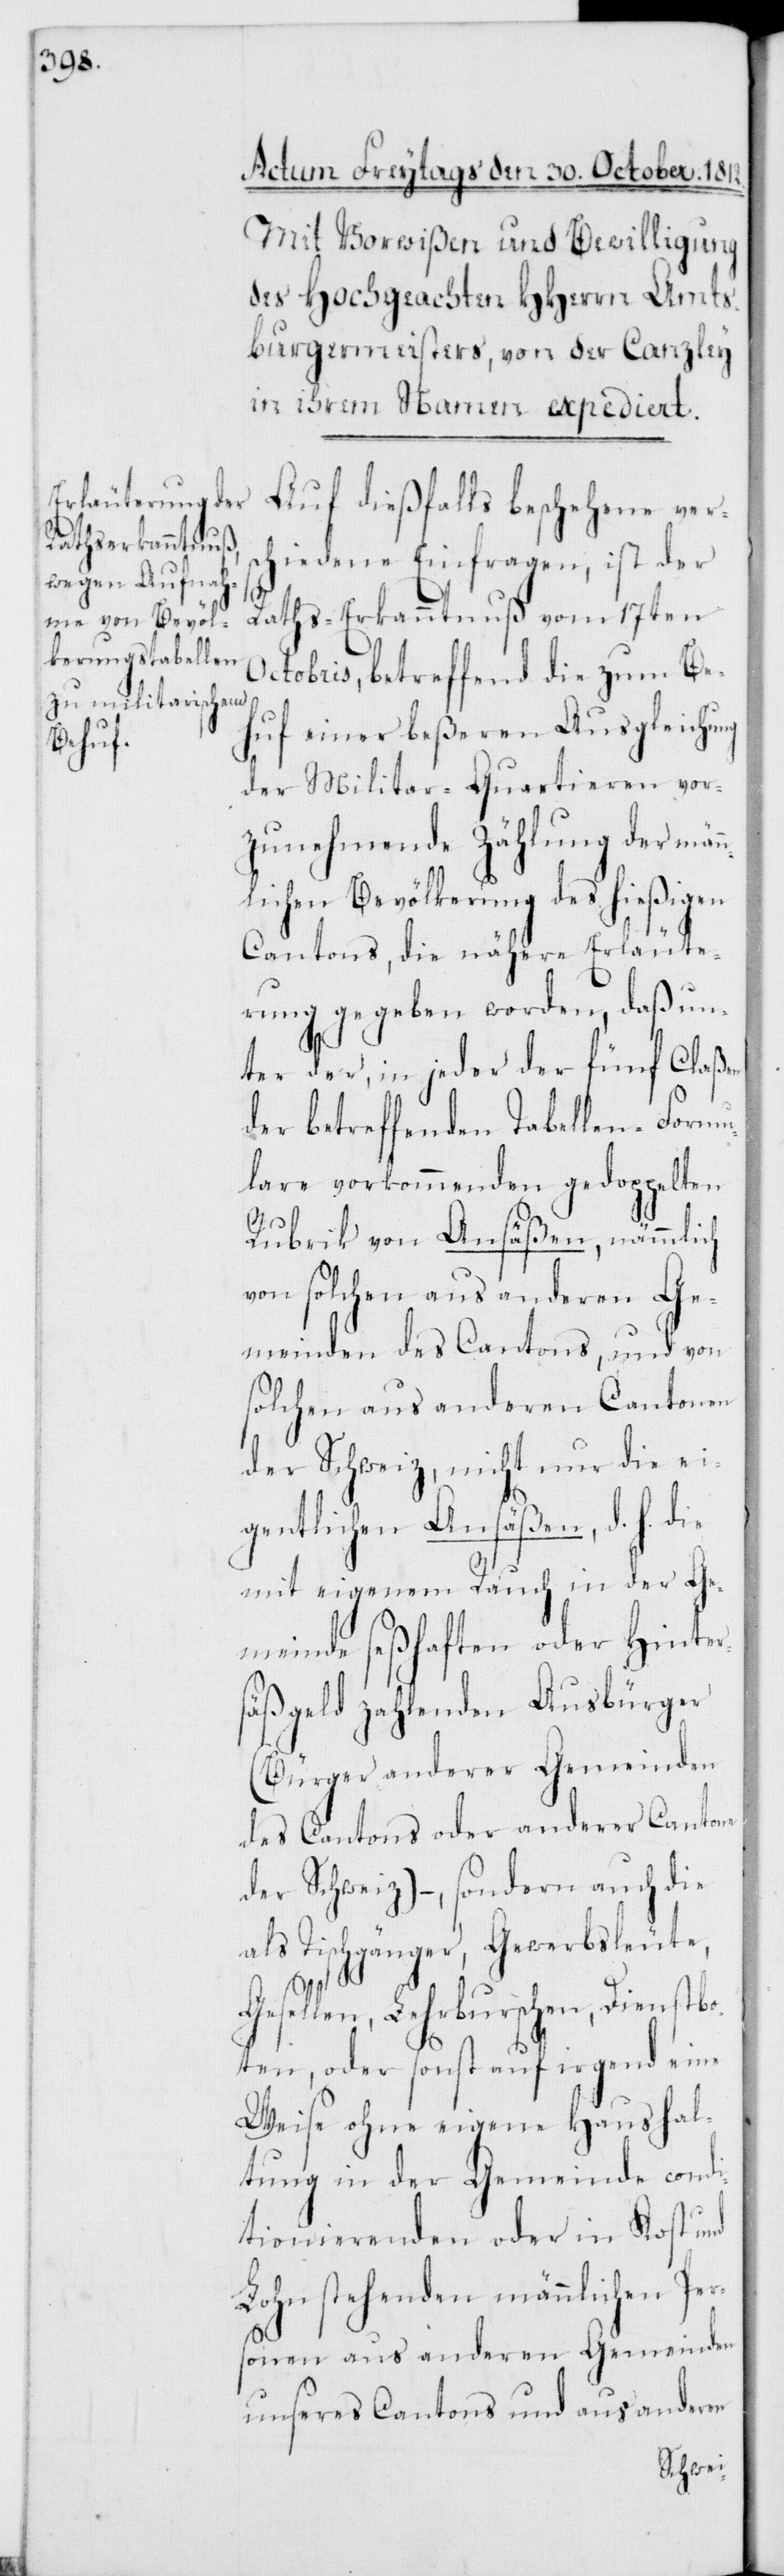
Auf dießfalls beschehene vers¬
chiedene Einfragen, ist der
O¬
Rathserkanntnuß vom 17ten
ctobris, betreffend die zum Be¬
huf einer beßeren Ausgleichung
der Militar-Quartieren vor¬
zunehmende Zählung der män¬
nlichen Bevölkerung des hießigen
Cantons, die nähere Erläute¬
rung gegeben worden, daß un¬
ter der, in jeder der fünf Claßen
der betreffenden Tabellen-Formu¬
lare vorkommenden gedoppelten
Rubrik von Ansäßen, nämmlich
von solchen aus anderen Ge¬
meinden des Cantons, und von
solchen aus anderen Cantonen
der Schweiz, nicht nur die ei¬
gentlichen Ansäßen, d. h. die
mit eigenem Rauch in der Ge¬
meinde seßhaften oder Hinter¬
säßgeld zahlenden Ausbürger
(Bürger anderer Gemeinden
des Cantons oder anderer Cantone
der Schweiz) –, sondern auch die
als Tischgänger, Gewerbsleute,
Gesellen, Lehrburschen, Dienstbo¬
ten, oder sonst auf irgend eine
Weise ohne eigene Haushal¬
tung in der Gemeinde condi¬
tionierenden oder in Kost und
Lohn stehenden männlichen Per¬
sonen aus anderen Gemeinden
unseres Cantons und aus anderen